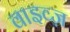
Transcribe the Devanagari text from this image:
वाइव्ज़